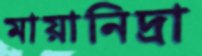
মায়ানিদ্রা